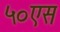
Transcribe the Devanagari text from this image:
५०एस